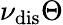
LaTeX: \nu_{\mathrm{dis}}\Theta